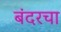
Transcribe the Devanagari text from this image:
बंदरचा